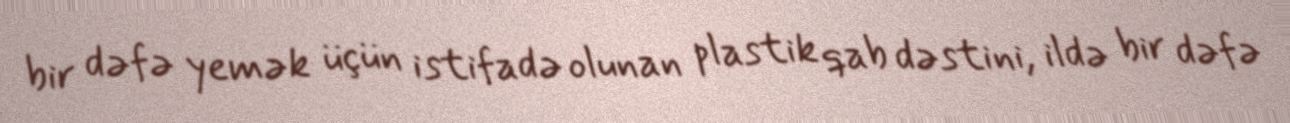
bir dəfə yemək üçün istifadə olunan plastik qab dəstini, ildə bir dəfə